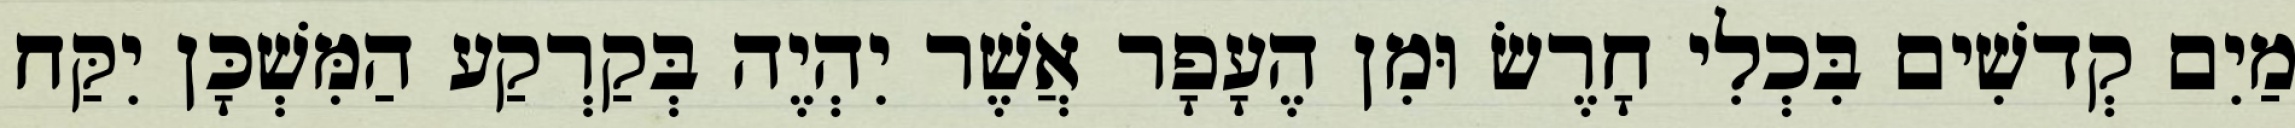
מַיִם קְדשִׁים בִּכְלִי חָרֶשׂ וּמִן הֶעָפָר אֲשֶׁר יִהְיֶה בְּקַרְקַע הַמִּשְׁכָּן יִקַּח